Vaccine operations Central Provinces 1886-1899 - 1886-1899
Year: 1886
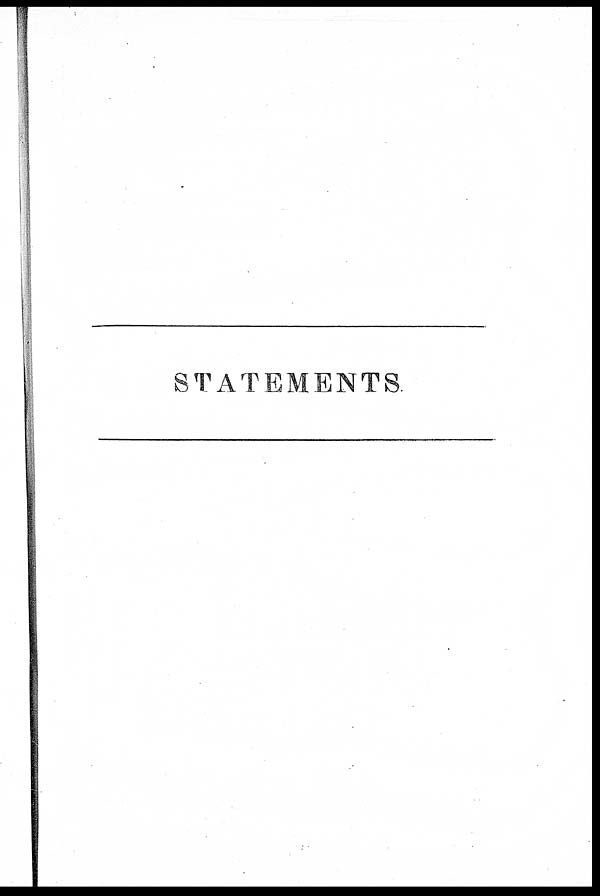
STATEMENTS.